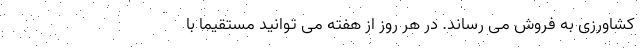
کشاورزی به فروش می رساند. در هر روز از هفته می توانید مستقیماً با